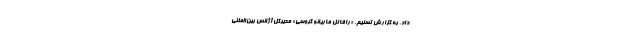
داد. به گزارش تسنیم، «رافائل ماریانو گروسی» مدیرکل آژانس بین‌المللی